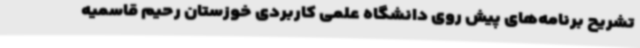
تشریح برنامه‌های پیش روی دانشگاه علمی کاربردی خوزستان رحیم قاسمیه